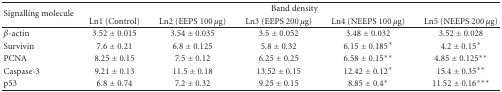
<table><thead><tr><td rowspan="2"><b>Signalling molecule</b></td><td colspan="5"><b>Band density</b></td></tr><tr><td><b>Ln1 (Control)</b></td><td><b>Ln2 (EEPS 100 <i>μ</i>g)</b></td><td><b>Ln3 (EEPS 200 <i>μ</i>g)</b></td><td><b>Ln4 (NEEPS 100 <i>μ</i>g)</b></td><td><b>Ln5 (NEEPS 200 <i>μ</i>g) </b></td></tr></thead><tbody><tr><td><i>β</i>-actin</td><td>3.52 ± 0.015</td><td>3.54 ± 0.035</td><td>3.5 ± 0.052</td><td>3.48 ± 0.032</td><td>3.52 ± 0.028</td></tr><tr><td>Survivin</td><td>7.6 ± 0.21</td><td>6.8 ± 0.125</td><td>5.8 ± 0.32</td><td>6.15 ± 0.185*</td><td>4.2 ± 0.15*</td></tr><tr><td>PCNA</td><td>8.25 ± 0.15</td><td>7.5 ± 0.12</td><td>6.25 ± 0.25</td><td>6.58 ± 0.15**</td><td>4.85 ± 0.125**</td></tr><tr><td>Caspase-3</td><td>9.21 ± 0.13</td><td>11.5 ± 0.18</td><td>13.52 ± 0.15</td><td>12.42 ± 0.12*</td><td>15.4 ± 0.35**</td></tr><tr><td>p53</td><td>6.8 ± 0.74</td><td>7.2 ± 0.32</td><td>9.25 ± 0.15</td><td>8.85 ± 0.4*</td><td>11.52 ± 0.16***</td></tr></tbody></table>